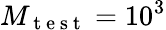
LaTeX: M_{\mathrm{~t~e~s~t~}}=10^{3}